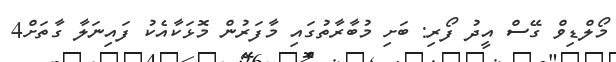
މޯލްޑިވް ގޭސް އީދު ފޯރި: ބަށި މުބާރާތުގައި މާފަރުން މޮޅަކާއެކު ފައިނަލާ ގާތަށް4